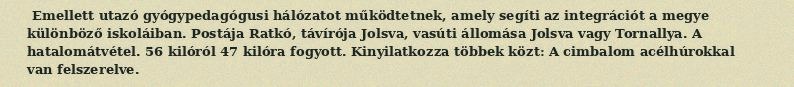
Emellett utazó gyógypedagógusi hálózatot működtetnek, amely segíti az integrációt a megye különböző iskoláiban. Postája Ratkó, távírója Jolsva, vasúti állomása Jolsva vagy Tornallya. A hatalomátvétel. 56 kilóról 47 kilóra fogyott. Kinyilatkozza többek közt: A cimbalom acélhúrokkal van felszerelve.